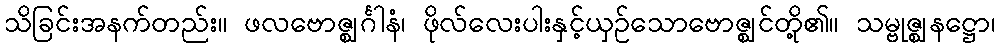
သိခြင်းအနက်တည်း။ ဖလဗောဇ္ဈင်္ဂါနံ၊ ဖိုလ်လေးပါးနှင့်ယှဉ်သောဗောဇ္ဈင်တို့၏။ သမ္ဗုဇ္ဈနဋ္ဌော၊